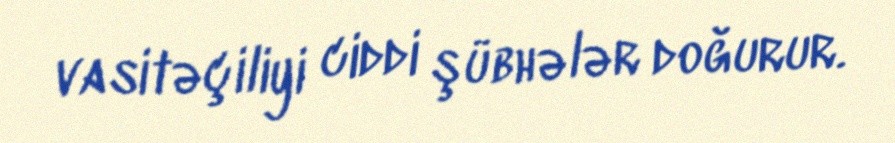
vasitəçiliyi ciddi şübhələr doğurur.